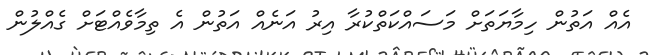
އެއް އަތުން ހިމާޔަތަށް މަސައްކަތްކުރާ އިރު އަނެއް އަތުން އެ ތިމާވެއްޓަށް ގެއްލުން